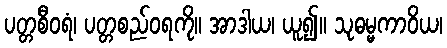
ပတ္တစီဝရံ၊ ပတ္တစည်ဝရကို။ အာဒါယ၊ ယူ၍။ သုဓမ္မကာဝိယ၊